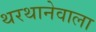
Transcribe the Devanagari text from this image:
थरथानेवाला